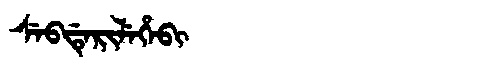
Manchu: ᠰᡝᠪᡩᡝᡵᡳᠯᡝᡥᡝᠪᡳ
Romanization: SEBDERILEHEBI